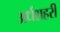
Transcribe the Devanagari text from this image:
अर्धशहरी